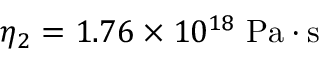
\eta _ { 2 } = 1 . 7 6 \times 1 0 ^ { 1 8 } \; \mathrm { P a \cdot s }